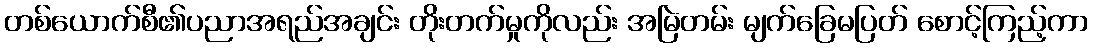
တစ်ယောက်စီ၏ပညာအရည်အချင်း တိုးတက်မှုကိုလည်း အမြဲတမ်း မျက်ခြေမပြတ် စောင့်ကြည့်ကာ